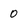
Character: 0